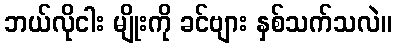
ဘယ်လိုငါး မျိုးကို ခင်ဗျား နှစ်သက်သလဲ။